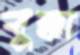
বুক্কা